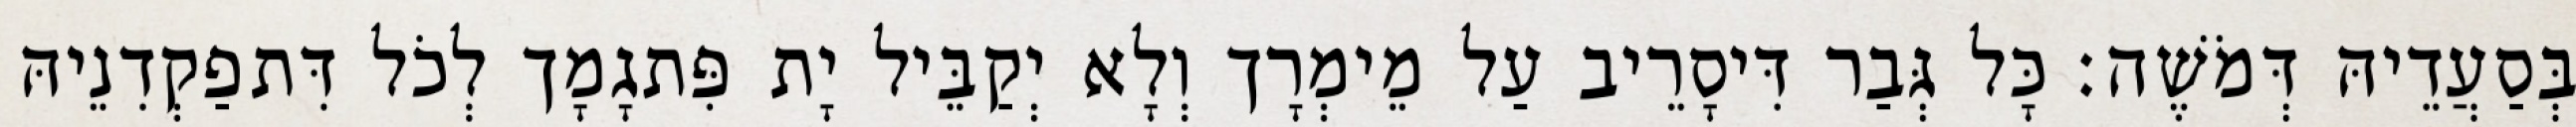
בְּסַעֲדֵיהּ דְּמֹשֶׁה׃ כָּל גְּבַר דִּיסָרֵיב עַל מֵימְרָך וְלָא יְקַבֵּיל יָת פִּתגָמָך לְכֹל דִּתפַקְדִנֵיהּ